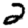
Digit: 2